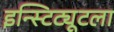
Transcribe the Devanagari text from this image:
इन्स्टिट्यूटला